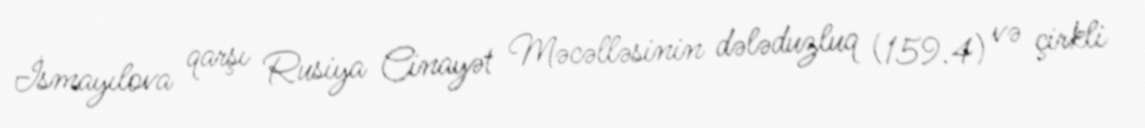
İsmayılova qarşı Rusiya Cinayət Məcəlləsinin dələduzluq (159.4) və çirkli